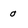
Character: 0